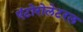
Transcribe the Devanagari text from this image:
एंटोरोलेटरल